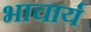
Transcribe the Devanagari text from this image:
भाचार्य